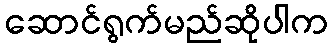
ဆောင်ရွက်မည်ဆိုပါက